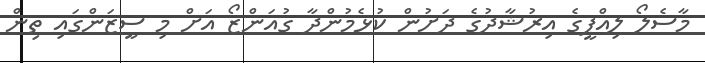
މާސެލޯ ލިއްޕީގެ އިރުޝާދުގެ ދަށުން ކުޅެމުންދާ ގުއަންޒޯ އަށް މި ސީޒަންގައި ތިން